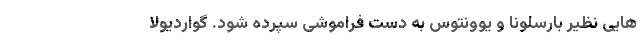
هایی نظیر بارسلونا و یوونتوس به دست فراموشی سپرده شود. گواردیولا